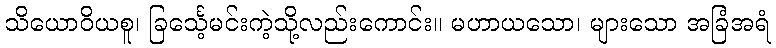
သိယောဝိယစူ၊ ခြင်္သေ့မင်းကဲ့သို့လည်းကောင်း။ မဟာယသော၊ များသော အခြံအရံ